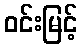
ဝင်းမြင့်